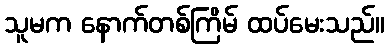
သူမက နောက်တစ်ကြိမ် ထပ်မေးသည်။